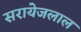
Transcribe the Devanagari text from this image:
सरायेजलाल